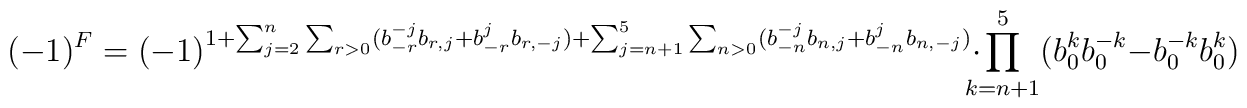
(-1)^F  =  (-1)^{1 +  \sum_{j=2}^{n}  \sum_{r>0} (b^{-j}_{-r}b_{r,j} +b^{j}_{-r}b_{r,-j})  + \sum_{j=n+1}^{5} \sum_{n>0} (b^{-j}_{-n}b_{n,j}+    b^{j}_{-n}b_{n,-j})}   \cdot     \!\!\!         \prod_{k=n+1}^{5}(b_{0}^{k}b_{0}^{-k} - b_{0}^{-k}b_{0}^{k} )